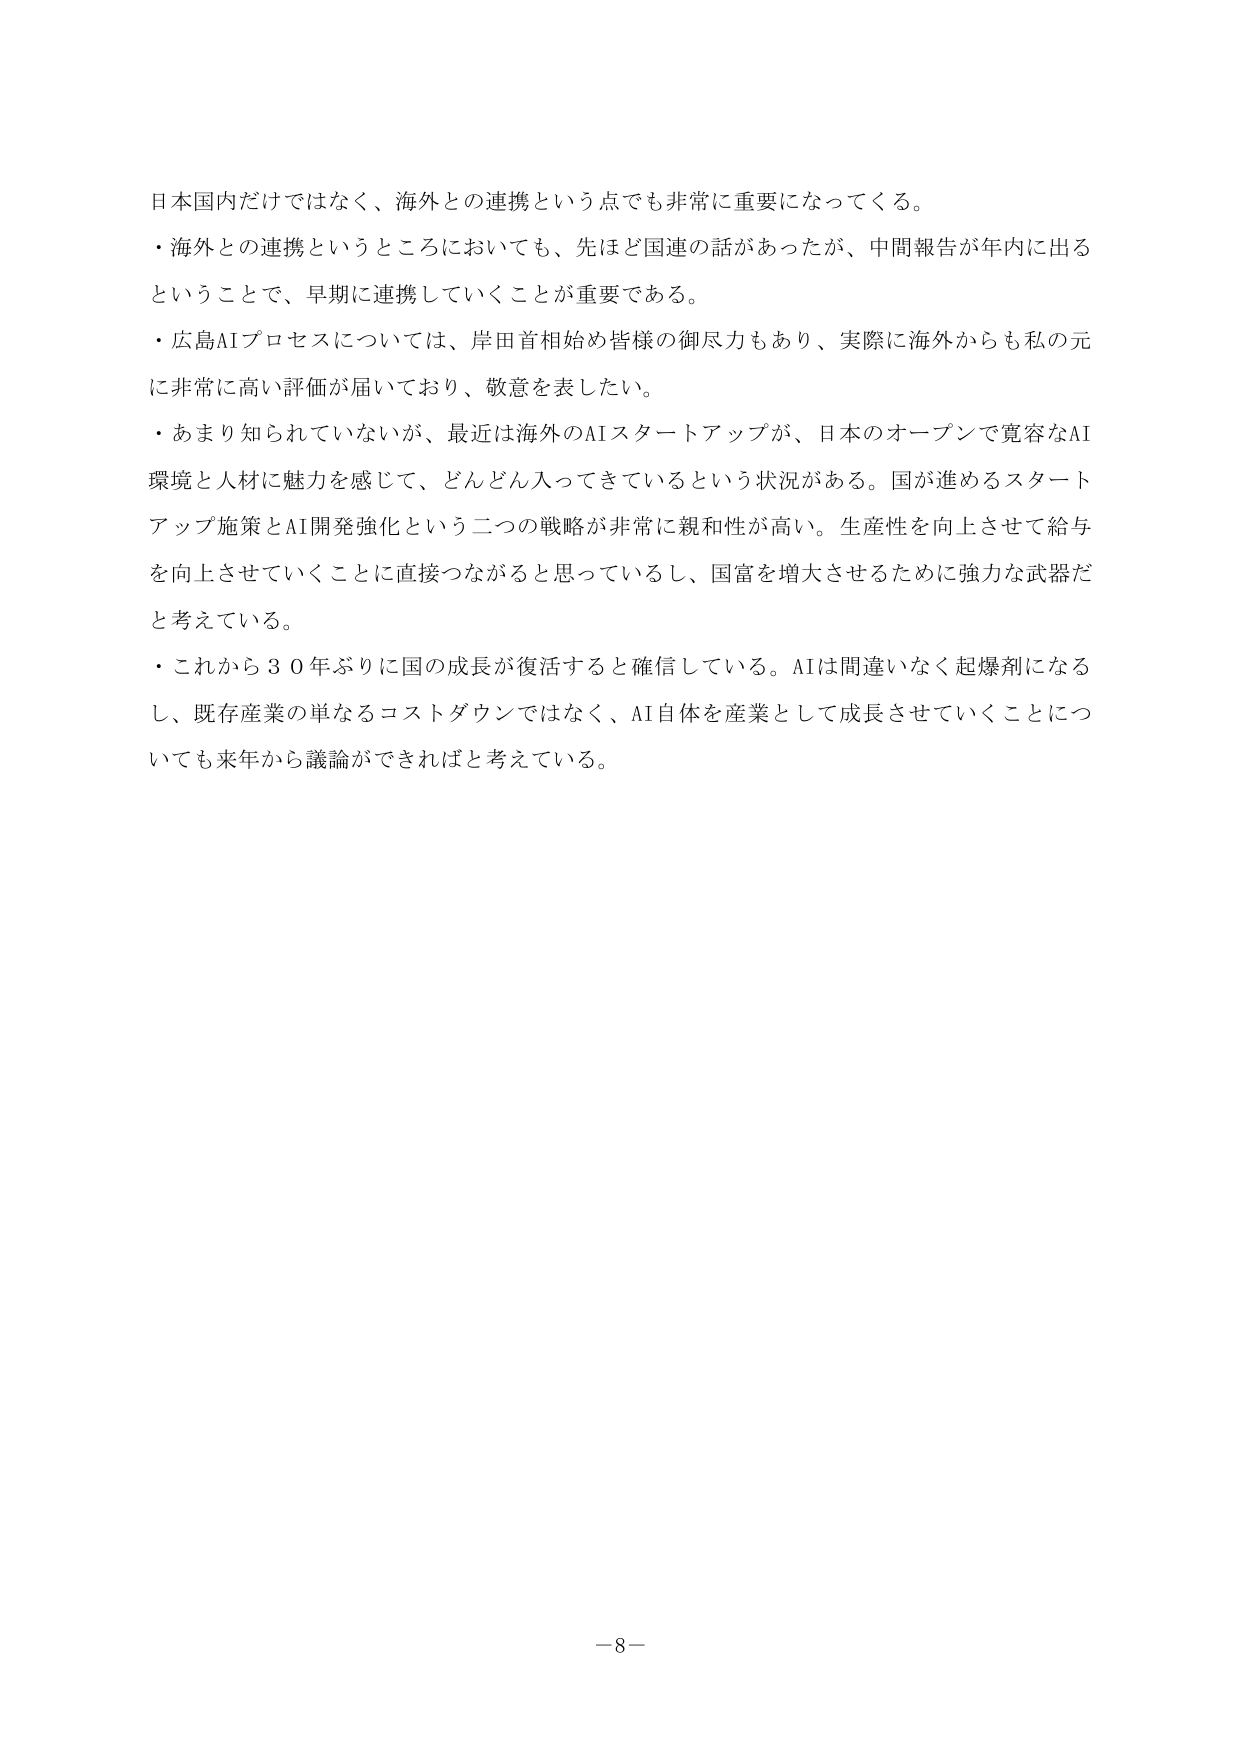
日本国内だけではなく、海外との連携という点でも非常に重要になってくる。
・海外との連携というところにおいても、先ほど国連の話があったが、中間報告が年内に出る
ということで、早期に連携していくことが重要である。
・広島AIプロセスについては、岸田首相始め皆様の御尽力もあり、実際に海外からも私の元
に非常に高い評価が届いており、敬意を表したい。
・あまり知られていないが、最近は海外のAIスタートアップが、日本のオープンで寛容なAI
環境と人材に魅力を感じて、どんどん入ってきているという状況がある。国が進めるスタート
アップ施策とAI開発強化という二つの戦略が非常に親和性が高い。生産性を向上させて給与
を向上させていくことに直接つながると思っているし、国富を増大させるために強力な武器だ
と考えている。
・これから３０年ぶりに国の成長が復活すると確信している。AIは間違いなく起爆剤になる
し、既存産業の単なるコストダウンではなく、AI自体を産業として成長させていくことにつ
いても来年から議論ができればと考えている。

－8－